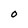
Character: O